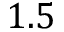
1 . 5